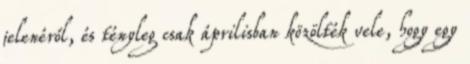
jelenéről, és tényleg csak áprilisban közölték vele, hogy egy